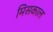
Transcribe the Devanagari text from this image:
मिसकाल